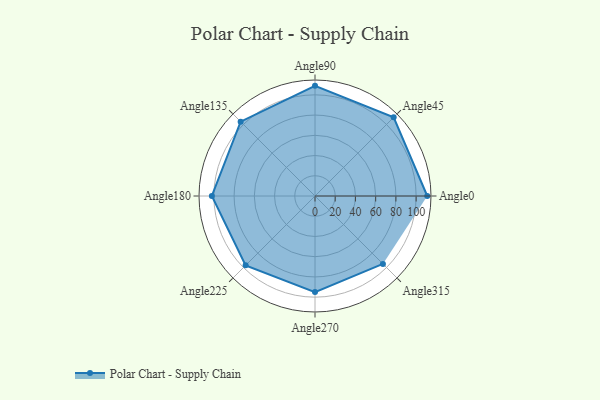
{"axis": {"x": "Angle", "y": "Radius"}, "legend": [""], "data": [{"x": "Angle0", "y": 111.0, "type": ""}, {"x": "Angle45", "y": 110.0, "type": ""}, {"x": "Angle90", "y": 109.0, "type": ""}, {"x": "Angle135", "y": 104.0, "type": ""}, {"x": "Angle180", "y": 102.0, "type": ""}, {"x": "Angle225", "y": 97.0, "type": ""}, {"x": "Angle270", "y": 95.0, "type": ""}, {"x": "Angle315", "y": 95.0, "type": ""}]}